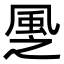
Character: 𩖳